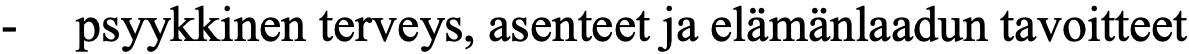
-  psyykkinen terveys, asenteet ja elämänlaadun tavoitteet